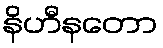
နိဟီနတော